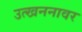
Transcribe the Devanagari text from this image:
उत्खननावर